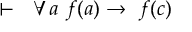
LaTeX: \vdash \ \ \forall a \ f ( a ) \rightarrow \ f ( c )